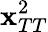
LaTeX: \mathbf{x}_{TT}^{2}